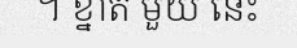
។ ខ្នាត មួយ នេះ